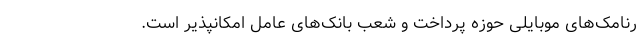
رنامک‌های موبایلی حوزه پرداخت و شعب بانک‌های عامل امکانپذیر است.